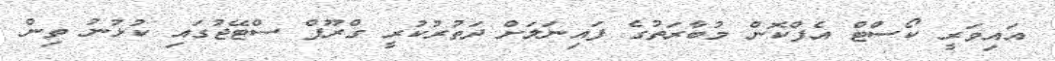
އައިވަރީ ކޯސްޓް އެފްކޮން މުބާރަތުގެ ފައިނަލަށް ދަތުރުކުރީ ގްރޫޕް ސްޓޭޖުގައި ކުޅުނު ތިން